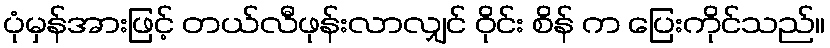
ပုံမှန်အားဖြင့် တယ်လီဖုန်းလာလျှင် ဝိုင်း စိန် က ပြေးကိုင်သည်။